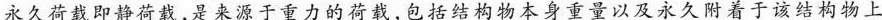
永久荷载即静荷载，是来源于重力的荷载，包括结构物本身重量以及永久附着于该结构物上